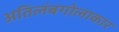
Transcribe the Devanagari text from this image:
अतिलंबगोलाकार